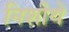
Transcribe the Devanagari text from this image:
निशीथे